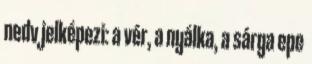
nedv jelképezi: a vér, a nyálka, a sárga epe